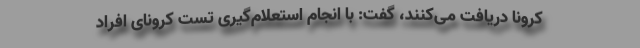
کرونا دریافت می‌کنند، گفت: با انجام استعلام‌گیری تست کرونای افراد